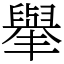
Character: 𦦙